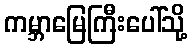
ကမ္ဘာမြေကြီးပေါ်သို့